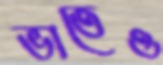
ভাতেও